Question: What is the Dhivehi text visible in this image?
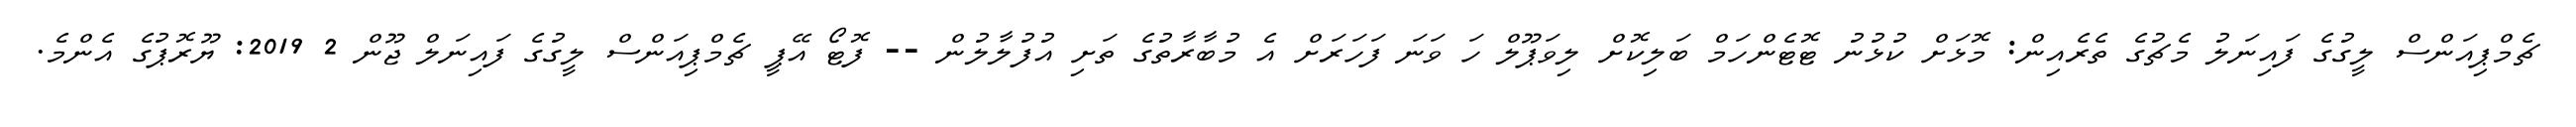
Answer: ޗެމްޕިއަންސް ލީގުގެ ފައިނަލު މެޗުގެ ތެރެއިން: މޮޅަށް ކުޅުނު ޓޮޓެންހަމް ބަލިކޮށް ލިވަޕޫލް ހަ ވަނަ ފަހަރަށް އެ މުބާރާތުގެ ތަށި އުފުލާލުން -- ފޮޓޯ އޭޕީ ޗެމްޕިއަންސް ލީގުގެ ފައިނަލް ޖޫން 2 2019: ޔޫރޮޕުގެ އެންމެ.